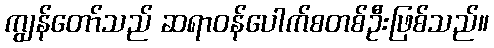
ကျွန်တော်သည် ဆရာဝန်ပေါက်စတစ်ဦးဖြစ်သည်။